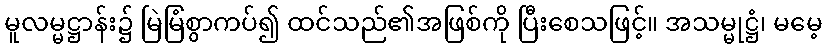
မူလမ္မဋ္ဌာန်း၌ မြဲမြံစွာကပ်၍ ထင်သည်၏အဖြစ်ကို ပြီးစေသဖြင့်။ အသမ္မုဋ္ဌံ၊ မမေ့